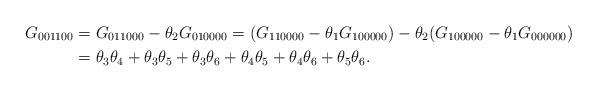
LaTeX: \begin{align*}G_{001100} &= G_{011000} - \theta_2 G_{010000} = (G_{110000} - \theta_1 G_{100000})- \theta_2 (G_{100000} - \theta_1 G_{000000})\\&= \theta_3 \theta_4 + \theta_3 \theta_5 + \theta_3 \theta_6 + \theta_4 \theta_5 + \theta_4 \theta_6 + \theta_5 \theta_6.\end{align*}